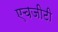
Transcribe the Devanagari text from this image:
एचजीटी